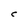
Character: C